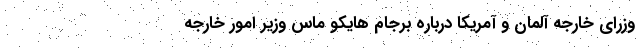
وزرای خارجه آلمان و آمریکا درباره برجام هایکو ماس وزیر امور خارجه